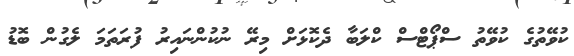
ކުވޭތުގެ ކުވޭތު ސްޕޯޓްސް ކްލަބާ ދެކޮޅަށް މިރޭ ނުކުންނައިރު ފުރަތަމަ ލެގުން ބޮޑު